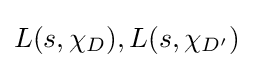
{\textstyle L(s,\chi _{D}),L(s,\chi _{D'})}